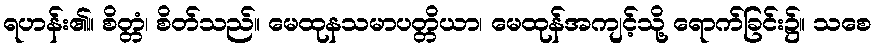
ရဟန်း၏။ စိတ္တံ၊ စိတ်သည်။ မေထုနသမာပတ္တိယာ၊ မေထုန်အကျင့်သို့ ရောက်ခြင်း၌။ သစေ